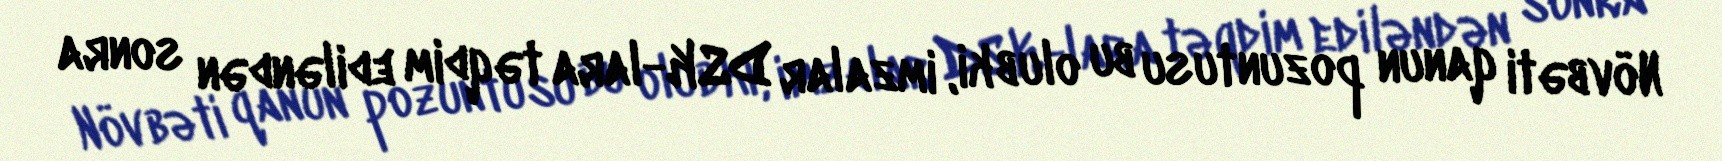
Növbəti qanun pozuntusu bu olub ki, imzalar DSK-lara təqdim ediləndən sonra